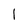
Character: l